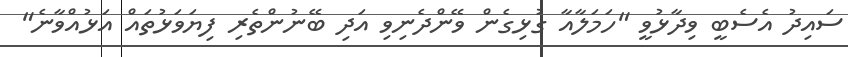
ސައިދު އެސެބީ ވިދާޅުވީ "ހަމަލާއާ ގުޅިގެން ވޭންދެނިވި އަދި ބޭނުންތެރި ފިޔަވަޅުތައް އަޅުއްވާނެ"